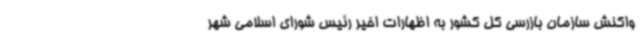
واکنش سازمان بازرسی کل کشور به اظهارات اخیر رئیس شورای اسلامی شهر